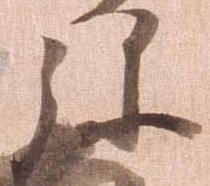
弥